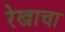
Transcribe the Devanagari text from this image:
रेखाचा